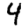
Digit: 4